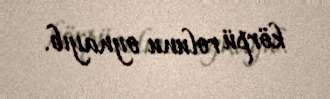
körpü rolunu oynayıb.